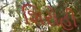
શિરોહી